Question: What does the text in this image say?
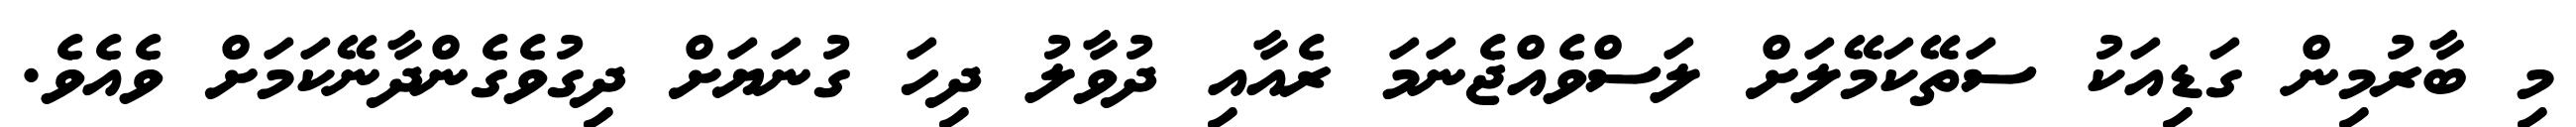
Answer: މި ބާރުމިން ގަޑިއަކު ސަތޭކަމޭލަށް ލަސްވެއްޖެނަމަ ރެއާއި ދުވާލު ދިހަ ގުނަޔަށް ދިގުވެގެންދާނޭކަމަށް ވެއެވެ.